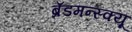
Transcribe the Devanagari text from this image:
ब्रॅडमन्स्क्यू